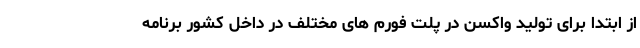
از ابتدا برای تولید واکسن در پلت فورم های مختلف در داخل کشور برنامه